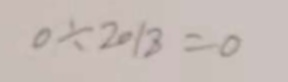
0 \div 2 0 1 8 = 0